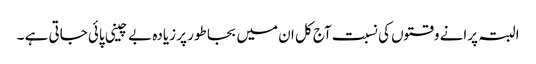
البتہ پرانے وقتوں کی نسبت آج کل ان میں بجا طور پر زیادہ بے چینی پائی جاتی ہے ۔